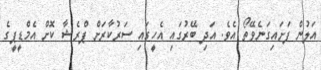
އަލުން ފަށައިގަނެވޭތޯ އެވެ. އަދި ބޭރުގައި އެހީގައި ސަރުކާރަށް ޕްރެޝާ ކޮށް އެމްޑީޕީގެ